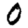
Digit: 0